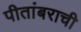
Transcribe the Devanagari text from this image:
पीतांबराची